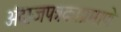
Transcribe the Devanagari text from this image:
अंदाजपत्रकाप्रमाणे